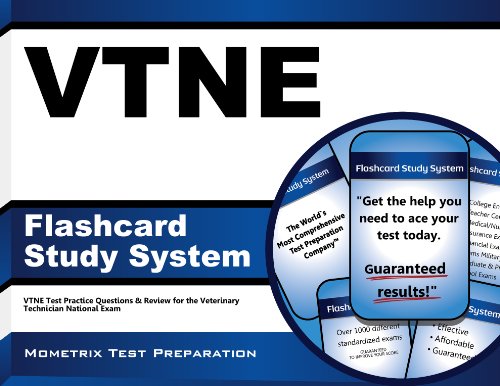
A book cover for VTNE Flashcard Study System: VTNE Test Practice Questions & Review for the Veterinary Technician National Exam (Cards); VTNE Exam Secrets Test Prep Team; Test Preparation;